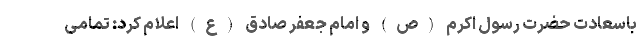
باسعادت حضرت رسول اکرم (ص) و امام جعفر صادق (ع) اعلام کرد: تمامی